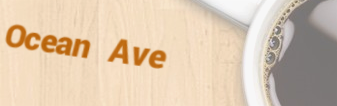
Ocean Ave